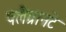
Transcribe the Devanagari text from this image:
फ्लैग्रानटे